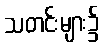
သတင်းများ၌